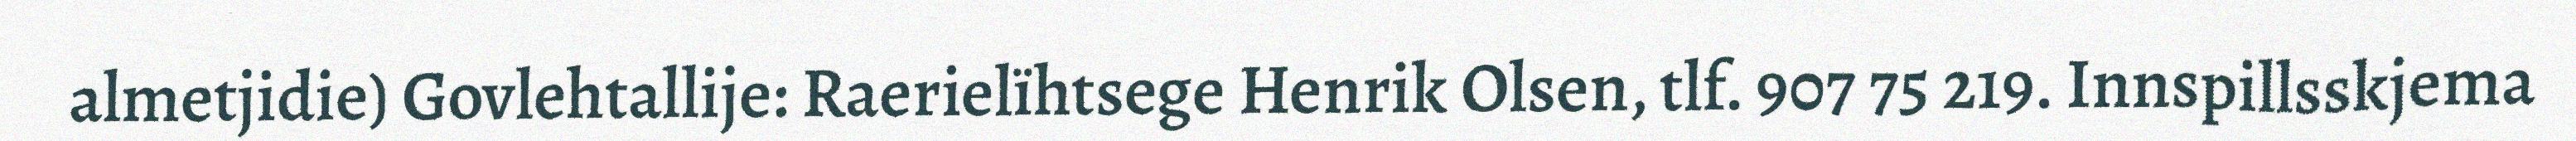
almetjidie) Govlehtallije: Raerielïhtsege Henrik Olsen, tlf. 907 75 219. Innspillsskjema